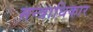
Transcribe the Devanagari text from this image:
मन्त्राधिकार